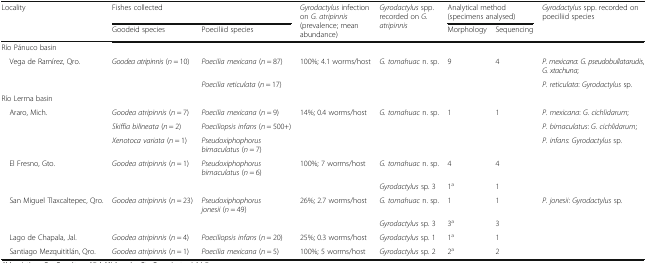
<table><thead><tr><td rowspan="2"><b>Locality</b></td><td colspan="2"><b>Fishes collected</b></td><td rowspan="2"><b><i>Gyrodactylus</i> infection on <i>G. atripinnis</i> (prevalence; mean abundance)</b></td><td rowspan="2"><b><i>Gyrodactylus</i> spp. recorded on <i>G. atripinnis</i></b></td><td colspan="2"><b>Analytical method (specimens analysed)</b></td><td rowspan="2"><b><i>Gyrodactylus</i> spp. recorded on poeciliid species</b></td></tr><tr><td><b>Goodeid species</b></td><td><b>Poeciliid species</b></td><td><b>Morphology</b></td><td><b>Sequencing</b></td></tr></thead><tbody><tr><td colspan="8">Río Pánuco basin</td></tr><tr><td rowspan="2"> Vega de Ramírez, Qro.</td><td><i>Goodea atripinnis</i> (<i>n</i> = 10)</td><td><i>Poecilia mexicana</i> (<i>n</i> = 87)</td><td>100%; 4.1 worms/host</td><td><i>G. tomahuac</i> n. sp.</td><td>9</td><td>4</td><td><i>P. mexicana</i>: <i>G. pseudobullatarudis</i>, <i>G. xtachuna</i>;</td></tr><tr><td></td><td><i>Poecilia reticulata</i> (<i>n</i> = 17)</td><td></td><td></td><td></td><td></td><td><i>P. reticulata</i>: <i>Gyrodactylus</i> sp.</td></tr><tr><td colspan="8">Río Lerma basin</td></tr><tr><td rowspan="3"> Araro, Mich.</td><td><i>Goodea atripinnis</i> (<i>n</i> = 7)</td><td><i>Poecilia mexicana</i> (<i>n</i> = 9)</td><td>14%; 0.4 worms/host</td><td><i>G. tomahuac</i> n. sp.</td><td>1</td><td>1</td><td><i>P. mexicana</i>: <i>G. cichlidarum</i>;</td></tr><tr><td><i>Skiffia bilineata</i> (<i>n</i> = 2)</td><td><i>Poeciliopsis infans</i> (<i>n</i> = 500+)</td><td></td><td></td><td></td><td></td><td><i>P. bimaculatus</i>: <i>G. cichlidarum</i>;</td></tr><tr><td><i>Xenotoca variata</i> (<i>n</i> = 1)</td><td><i>Pseudoxiphophorus bimaculatus</i> (<i>n</i> = 7)</td><td></td><td></td><td></td><td></td><td><i>P. infans</i>: <i>Gyrodactylus</i> sp.</td></tr><tr><td rowspan="2"> El Fresno, Gto.</td><td><i>Goodea atripinnis</i> (<i>n</i> = 1)</td><td><i>Pseudoxiphophorus bimaculatus</i> (<i>n</i> = 6)</td><td>100%; 7 worms/host</td><td><i>G. tomahuac</i> n. sp.</td><td>4</td><td>4</td><td></td></tr><tr><td></td><td></td><td></td><td><i>Gyrodactylus</i> sp. 3</td><td>1<sup>a</sup></td><td>1</td><td></td></tr><tr><td rowspan="2"> San Miguel Tlaxcaltepec, Qro.</td><td><i>Goodea atripinnis</i> (<i>n</i> = 23)</td><td><i>Pseudoxiphophorus jonesii</i> (<i>n</i> = 49)</td><td>26%; 2.7 worms/host</td><td><i>G. tomahuac</i> n. sp.</td><td>1</td><td>1</td><td><i>P. jonesii</i>: <i>Gyrodactylus</i> sp.</td></tr><tr><td></td><td></td><td></td><td><i>Gyrodactylus</i> sp. 3</td><td>3<sup>a</sup></td><td>3</td><td></td></tr><tr><td> Lago de Chapala, Jal.</td><td><i>Goodea atripinnis</i> (<i>n</i> = 4)</td><td><i>Poeciliopsis infans</i> (<i>n</i> = 20)</td><td>25%; 0.3 worms/host</td><td><i>Gyrodactylus</i> sp. 1</td><td>1<sup>a</sup></td><td>1</td><td></td></tr><tr><td> Santiago Mezquititlán, Qro.</td><td><i>Goodea atripinnis</i> (<i>n</i> = 1)</td><td><i>Poecilia mexicana</i> (<i>n</i> = 5)</td><td>100%; 5 worms/host</td><td><i>Gyrodactylus</i> sp. 2</td><td>2<sup>a</sup></td><td>2</td><td></td></tr></tbody></table>